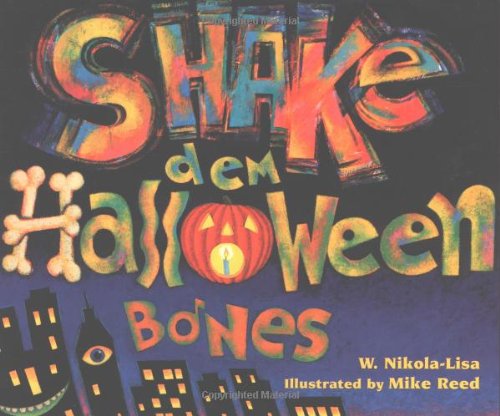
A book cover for Shake Dem Halloween Bones; W. Nikola-Lisa; Children's Books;